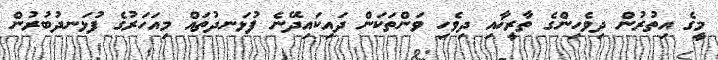
މީގެ އިތުރުން ދިވެހިންގެ ތާރީޚާއި ދިވެހި ވަންތަކަން ދައިކައިދޭނެ ފުޅަނދުތައް މިއަހަރުގެ ފުޅަނދުބުރުން